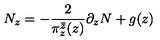
N _ { z } = - \frac { 2 } { \pi _ { z } ^ { \bar { z } } ( z ) } \partial _ { z } N + g ( z )